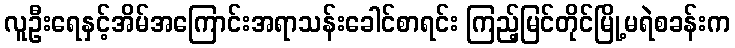
လူဦးရေနှင့်အိမ်အကြောင်းအရာသန်းခေါင်စာရင်း ကြည့်မြင်တိုင်မြို့မရဲစခန်းက